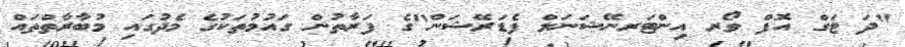
"ދަ ޓަގް އޮފް ވޯރ އިންޓަރނޭޝަނަލް ފެޑަރޭޝަން"ގެ ފަރާތުން ގައުމުތަކުގެ މެދުގައި މުބާރާތްތައް